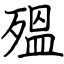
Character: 殟